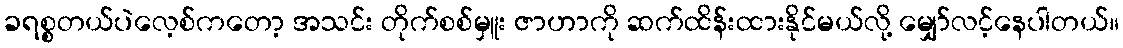
ခရစ္စတယ်ပဲလေ့စ်ကတော့ အသင်း တိုက်စစ်မှူး ဇာဟာကို ဆက်ထိန်းထားနိုင်မယ်လို့ မျှော်လင့်နေပါတယ်။